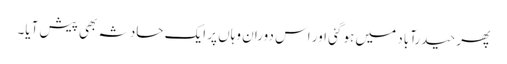
پھر حیدرآباد میں ہو گئی اور اس دوران وہاں پر ایک حادثہ بھی پیش آیا۔